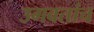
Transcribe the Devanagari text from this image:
उगवतांच